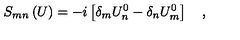
S _ { m n } \left( U \right) = - i \left[ \delta _ { m } U _ { n } ^ { 0 } - \delta _ { n } U _ { m } ^ { 0 } \right] \quad ,